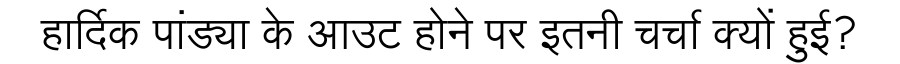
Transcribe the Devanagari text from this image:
हार्दिक पांड्या के आउट होने पर इतनी चर्चा क्यों हुई?